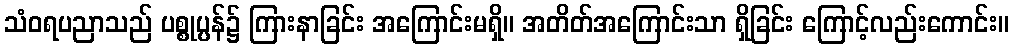
သံဝရပညာသည် ပစ္စုပ္ပန်၌ ကြားနာခြင်း အကြောင်းမရှိ။ အတိတ်အကြောင်းသာ ရှိခြင်း ကြောင့်လည်းကောင်း။